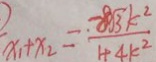
x _ { 1 } + x _ { 2 } = \frac { - 8 \sqrt { 3 } k ^ { 2 } } { 1 + 4 k ^ { 2 } }